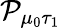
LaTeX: \mathcal{P}_{\mu_{0}\tau_{1}}